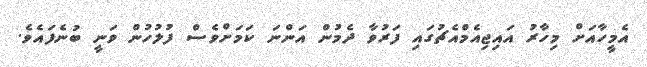
އެމީހާއަށް މިހާރު އައިޖިއެމްއެޗުގައި ފަރުވާ ދެމުން އަންނަ ކަމަށްވެސް ފުލުހުން ވަނީ ބުނެފައެވެ.